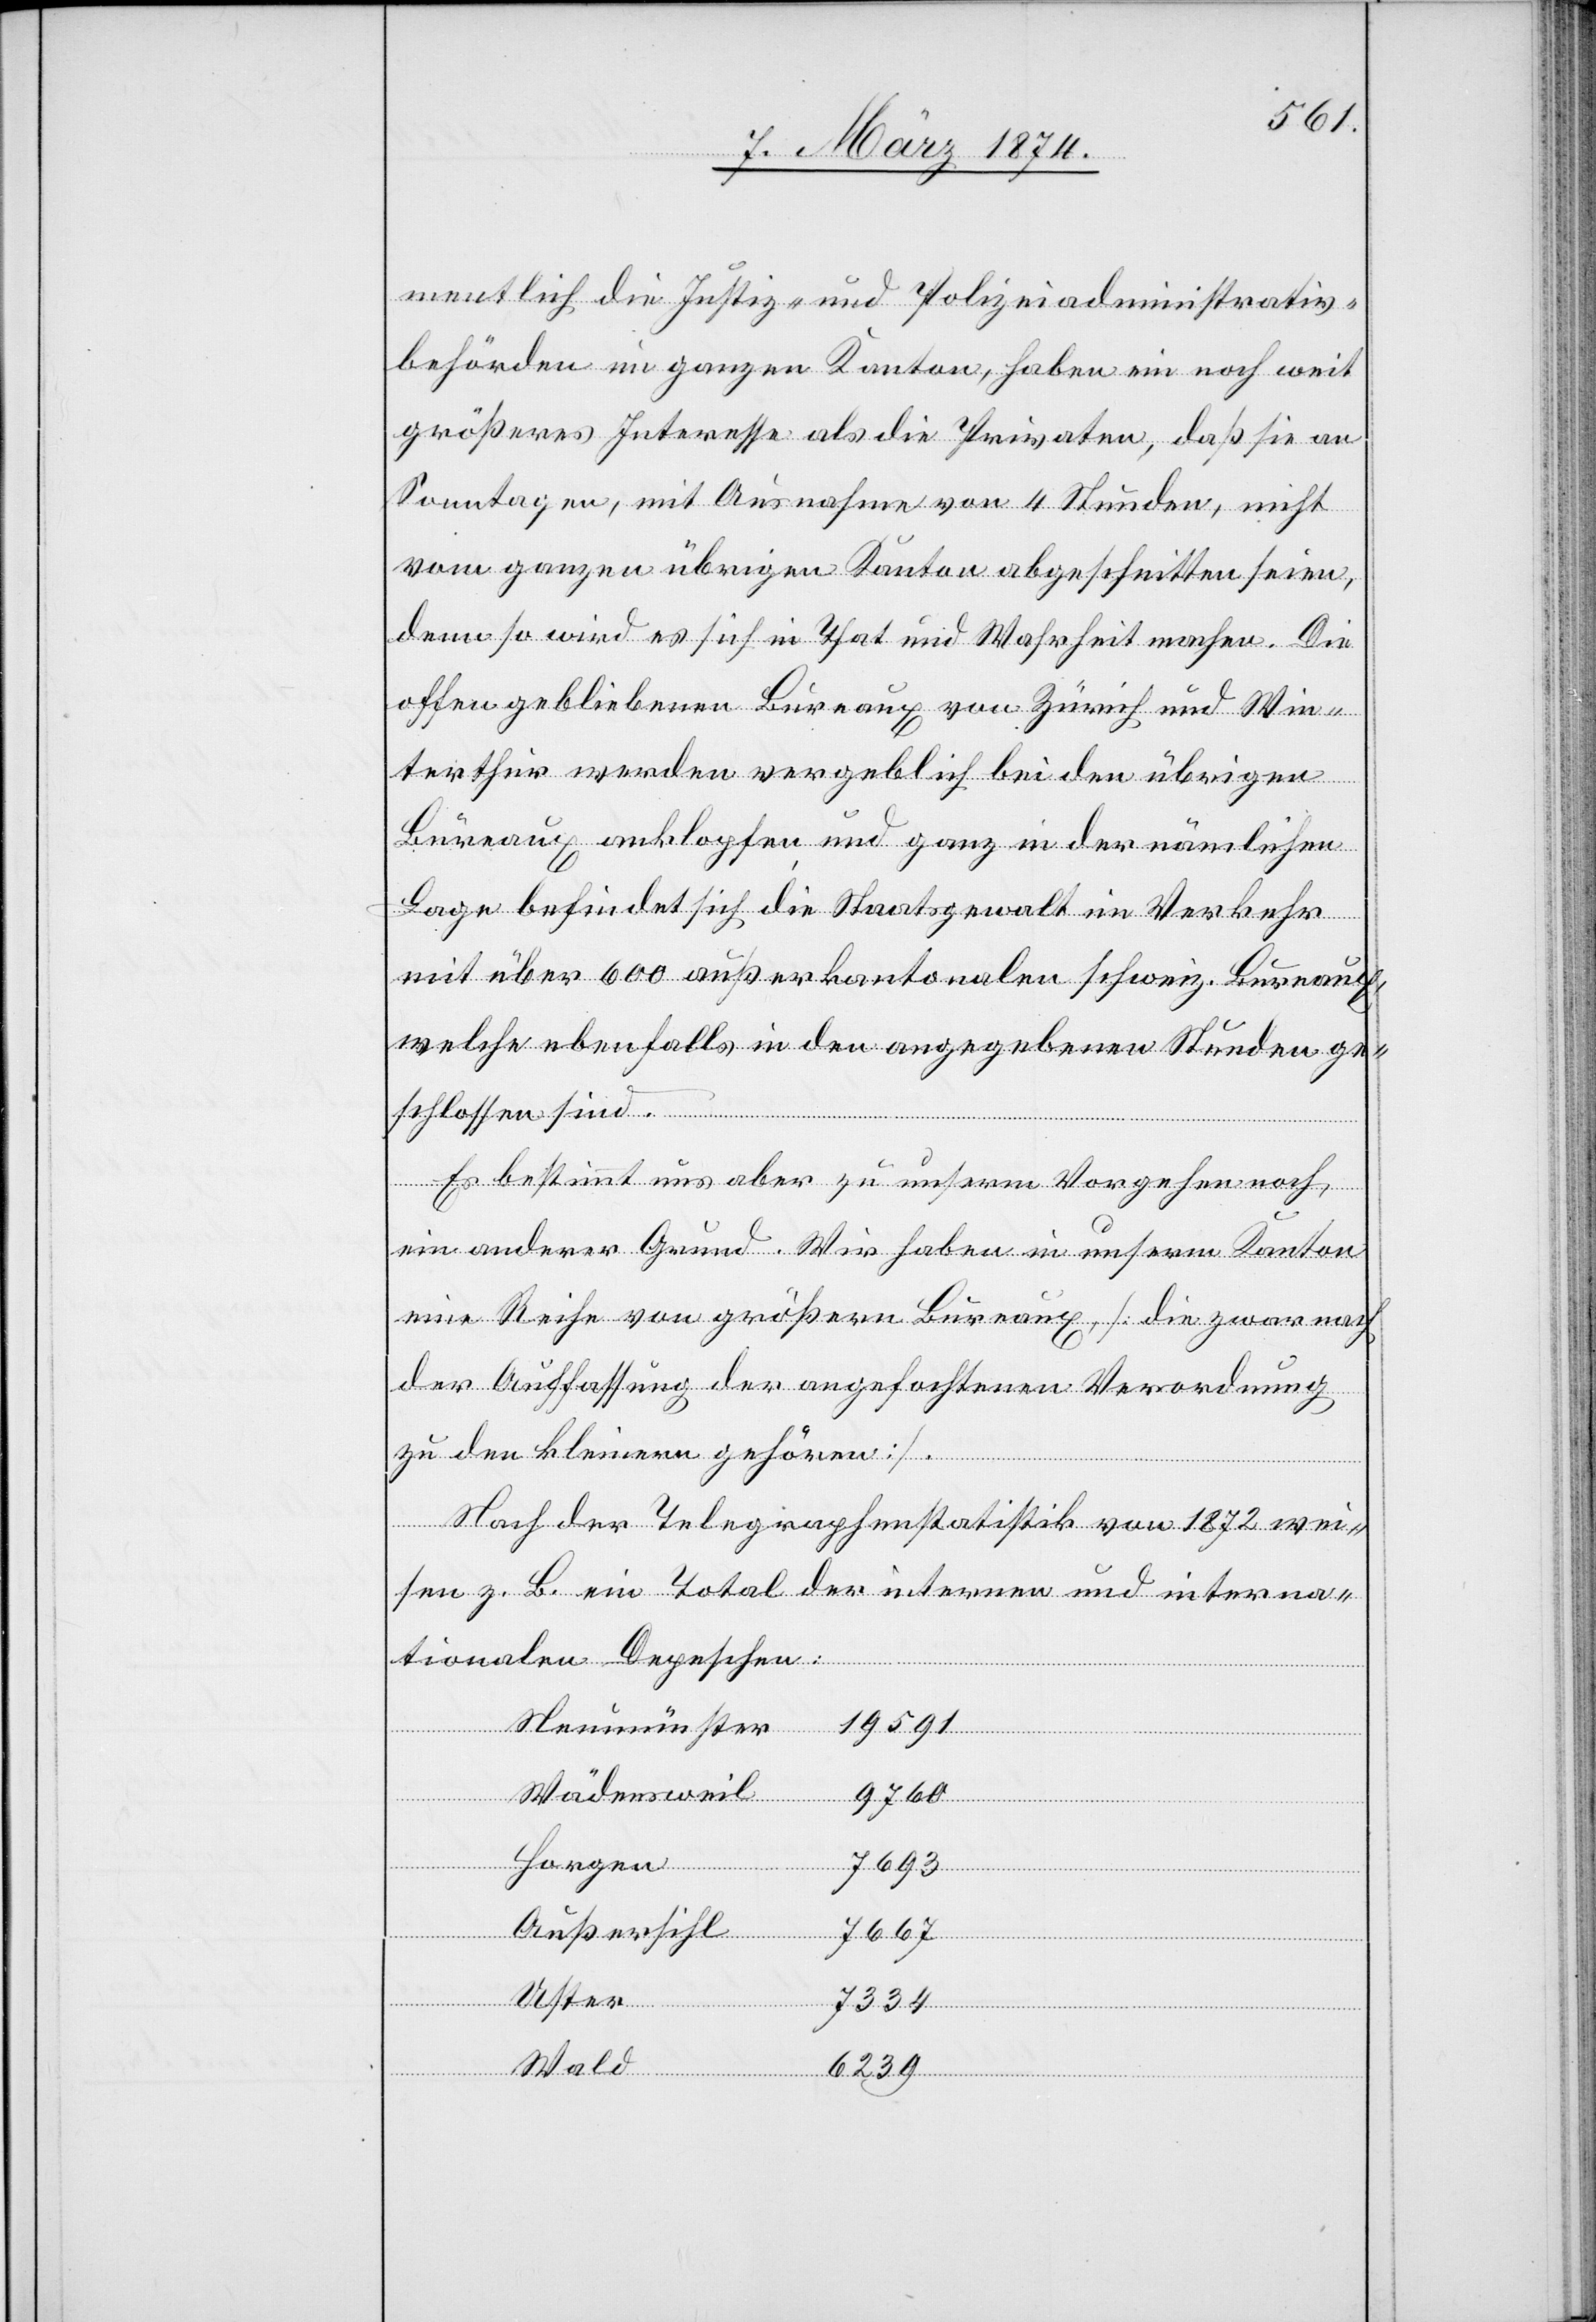
mentlich die Justiz- und Polizeiadministrativ¬
behörden im ganzen Kanton, haben ein noch weit
größeres Interesse als die Privaten, daß sie an
Sonntagen, mit Ausnahme von 4 Stunden, nicht
vom ganzen übrigen Kanton abgeschnitten seien,
denn so wird es sich in That und Wahrheit machen. Die
offen gebliebenen Bureaux von Zürich und Win¬
terthur werden vergeblich bei den übrigen
Bureaux anklopfen und ganz in der nämlichen
Lage befindet sich die Staatsgewalt im Verkehr
mit über 600 außerkantonalen schweiz. Bureaux,
welche ebenfalls in den angegebenen Stunden ge¬
schlossen sind.
Es bestimmt uns aber zu unserm Vorgehen noch
ein anderer Grund. Wir haben in unserm Kanton
eine Reihe von größern Bureaux [die zwar nach
der Auffassung der angefochtenen Verordnung
zu den kleinern gehören].
Nach der Telegraphenstatistik von 1872 wei¬
sen z. B. ein Total der internen und interna¬
tionalen Depeschen:
Neumünster
19591
Wädensweil
9760
7693
Horgen
Außersihl
Uster
7334
Wald
6239